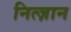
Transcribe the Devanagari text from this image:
नित्ज़ान